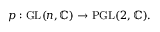
p : { \mathrm { G L } } ( n , \mathbb { C } ) \to { \mathrm { P G L } } ( 2 , \mathbb { C } ) .